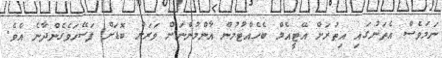
ނަމަވެސް އެތަނުގައި އިތުރަށް އޭޓީއެމް ބެހެއްޓުމުން އާންމުންނަށް ވަރަށް ބޮޑަށް ފަސޭހަވެގެންދާނެ އެވެ.